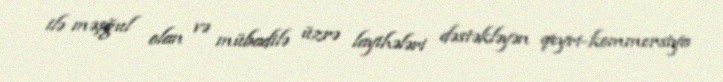
ilə məşğul olan və mübadilə üzrə layihələri dəstəkləyən qeyri-kommersiya